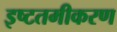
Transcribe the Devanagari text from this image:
इष्‍टतमीकरण